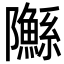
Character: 䧰